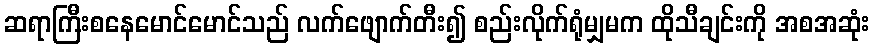
ဆရာကြီးစနေမောင်မောင်သည် လက်ဖျောက်တီး၍ စည်းလိုက်ရုံမျှမက ထိုသီချင်းကို အစအဆုံး